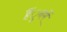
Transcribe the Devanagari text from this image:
हैंुनमें